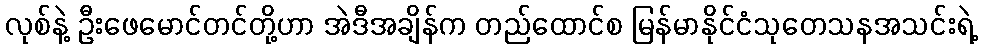
လုစ်နဲ့ ဦးဖေမောင်တင်တို့ဟာ အဲဒီအချိန်က တည်ထောင်စ မြန်မာနိုင်ငံသုတေသနအသင်းရဲ့